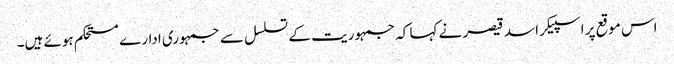
اس موقع پر اسپیکر اسد قیصر نے کہا کہ جمہوریت کے تسلسل سے جمہوری ادارے مستحکم ہوئے ہیں۔